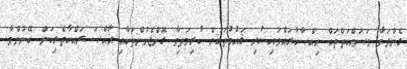
ގެންދަވާ މަސައްކަތްތައް ޙިއްޞާކުރައްވައި ކުދި ޤައުމުތަކަށް ކުރިމަތިވާ ގޮންޖެހުންތަކާއި ޚާއްޞަ ރައްކާތެރިކަން ބޭނުންވާ